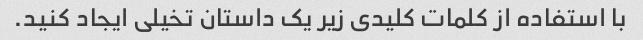
با استفاده از کلمات کلیدی زیر یک داستان تخیلی ایجاد کنید.